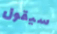
سيقول